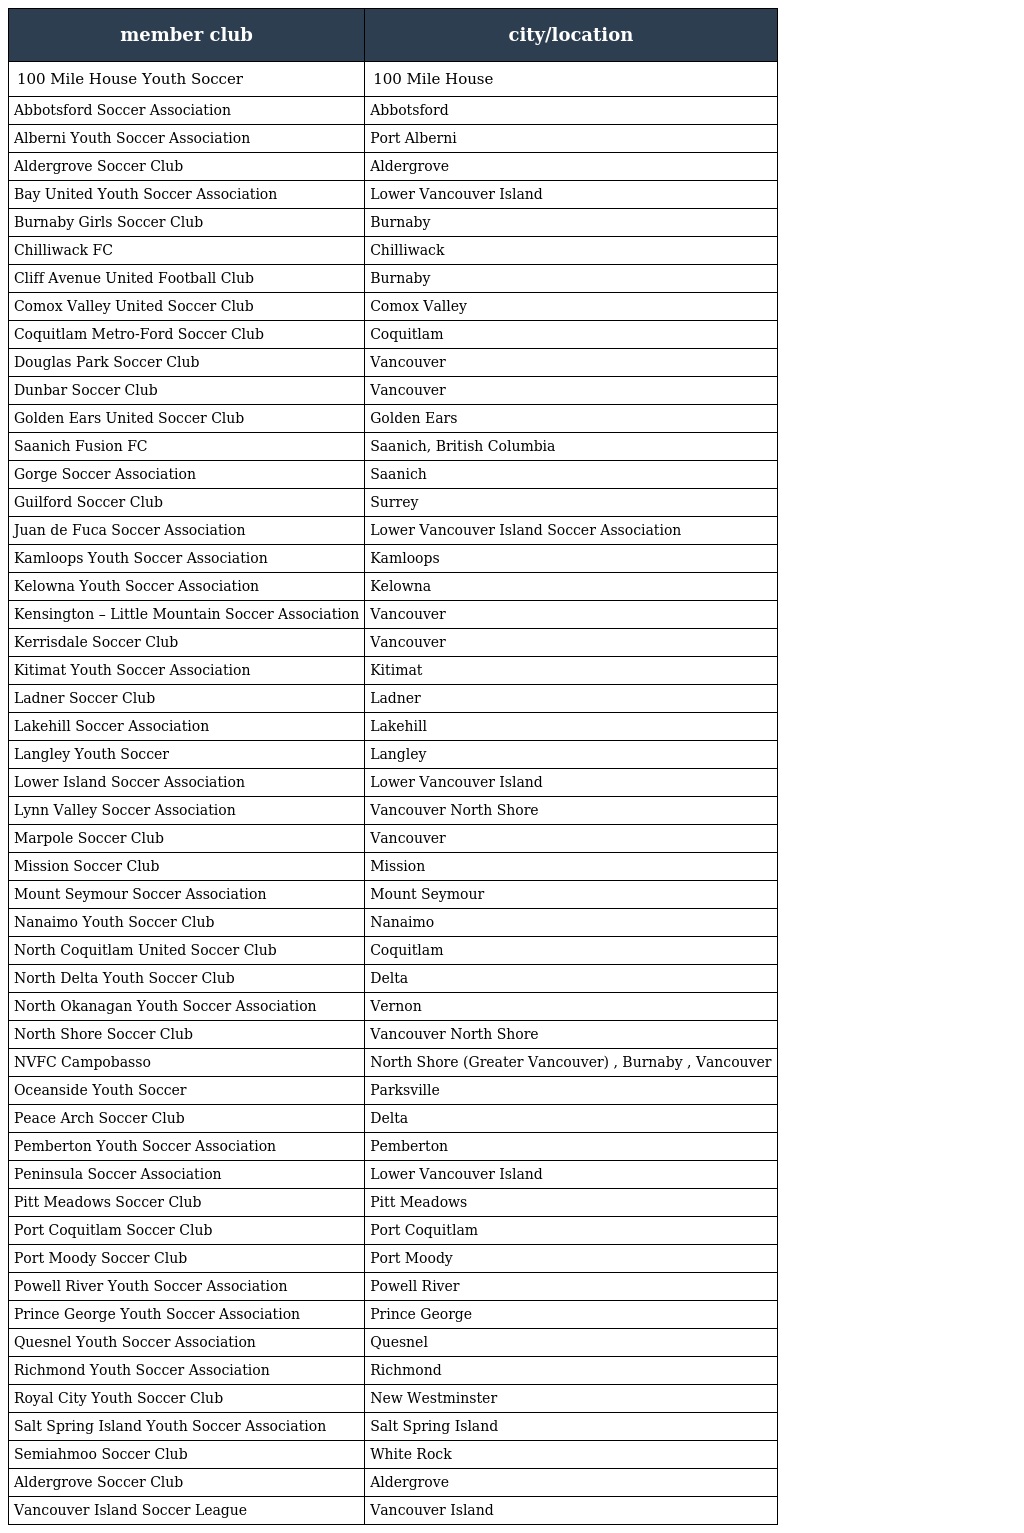
| member club | city/location |
 | --- | --- |
 | 100 Mile House Youth Soccer | 100 Mile House |
 | Abbotsford Soccer Association | Abbotsford |
 | Alberni Youth Soccer Association | Port Alberni |
 | Aldergrove Soccer Club | Aldergrove |
 | Bay United Youth Soccer Association | Lower Vancouver Island |
 | Burnaby Girls Soccer Club | Burnaby |
 | Chilliwack FC | Chilliwack |
 | Cliff Avenue United Football Club | Burnaby |
 | Comox Valley United Soccer Club | Comox Valley |
 | Coquitlam Metro-Ford Soccer Club | Coquitlam |
 | Douglas Park Soccer Club | Vancouver |
 | Dunbar Soccer Club | Vancouver |
 | Golden Ears United Soccer Club | Golden Ears |
 | Saanich Fusion FC | Saanich, British Columbia |
 | Gorge Soccer Association | Saanich |
 | Guilford Soccer Club | Surrey |
 | Juan de Fuca Soccer Association | Lower Vancouver Island Soccer Association |
 | Kamloops Youth Soccer Association | Kamloops |
 | Kelowna Youth Soccer Association | Kelowna |
 | Kensington – Little Mountain Soccer Association | Vancouver |
 | Kerrisdale Soccer Club | Vancouver |
 | Kitimat Youth Soccer Association | Kitimat |
 | Ladner Soccer Club | Ladner |
 | Lakehill Soccer Association | Lakehill |
 | Langley Youth Soccer | Langley |
 | Lower Island Soccer Association | Lower Vancouver Island |
 | Lynn Valley Soccer Association | Vancouver North Shore |
 | Marpole Soccer Club | Vancouver |
 | Mission Soccer Club | Mission |
 | Mount Seymour Soccer Association | Mount Seymour |
 | Nanaimo Youth Soccer Club | Nanaimo |
 | North Coquitlam United Soccer Club | Coquitlam |
 | North Delta Youth Soccer Club | Delta |
 | North Okanagan Youth Soccer Association | Vernon |
 | North Shore Soccer Club | Vancouver North Shore |
 | NVFC Campobasso | North Shore (Greater Vancouver) , Burnaby , Vancouver |
 | Oceanside Youth Soccer | Parksville |
 | Peace Arch Soccer Club | Delta |
 | Pemberton Youth Soccer Association | Pemberton |
 | Peninsula Soccer Association | Lower Vancouver Island |
 | Pitt Meadows Soccer Club | Pitt Meadows |
 | Port Coquitlam Soccer Club | Port Coquitlam |
 | Port Moody Soccer Club | Port Moody |
 | Powell River Youth Soccer Association | Powell River |
 | Prince George Youth Soccer Association | Prince George |
 | Quesnel Youth Soccer Association | Quesnel |
 | Richmond Youth Soccer Association | Richmond |
 | Royal City Youth Soccer Club | New Westminster |
 | Salt Spring Island Youth Soccer Association | Salt Spring Island |
 | Semiahmoo Soccer Club | White Rock |
 | Aldergrove Soccer Club | Aldergrove |
 | Vancouver Island Soccer League | Vancouver Island |